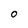
Character: O